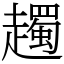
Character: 䟉